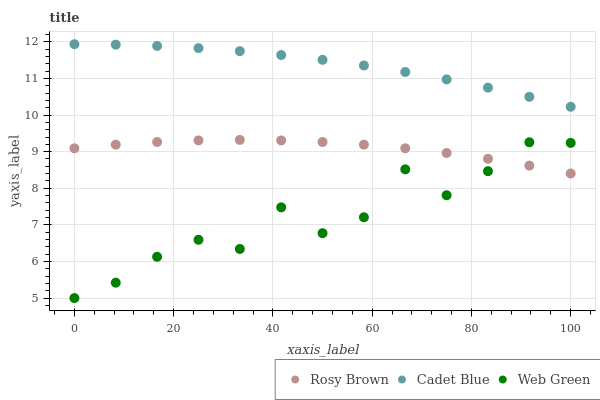
| xaxis_label | Rosy Brown | Cadet Blue | Web Green |
 | --- | --- | --- | --- |
 | 0 | 9.09 | 11.9 | 5 |
 | 8.33 | 9.19 | 11.9 | 5.42 |
 | 16.7 | 9.26 | 11.9 | 6.13 |
 | 25 | 9.31 | 11.8 | 6.59 |
 | 33.3 | 9.32 | 11.7 | 6.34 |
 | 41.7 | 9.31 | 11.6 | 7.48 |
 | 50 | 9.26 | 11.5 | 6.77 |
 | 58.3 | 9.19 | 11.4 | 7.21 |
 | 66.7 | 9.09 | 11.2 | 8.52 |
 | 75 | 8.96 | 11 | 7.81 |
 | 83.3 | 8.81 | 10.7 | 8.47 |
 | 91.7 | 8.62 | 10.5 | 9.26 |
 | 100 | 8.4 | 10.2 | 9.24 |